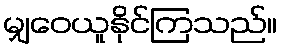
မျှဝေယူနိုင်ကြသည်။